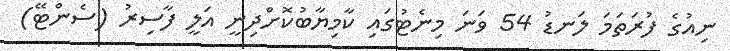
ނިއުގެ ފުރަތަމަ ލަނޑު 54 ވަނަ މިނެޓުގައި ކާމިޔާބުކޮށްދިނީ އަލީ ފާސިރު (ސެންޓޭ)